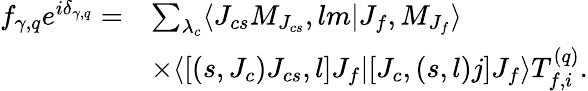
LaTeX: \begin{array}{rl}{f_{\gamma,q}e^{i\delta_{\gamma,q}}=}&{\sum_{\lambda_{c}}\langle J_{cs}M_{J_{cs}},lm|J_{f},M_{J_{f}}\rangle}\\ &{\times\langle[(s,J_{c})J_{cs},l]J_{f}|[J_{c},(s,l)j]J_{f}\rangle T_{f,i}^{(q)}.}\end{array}